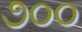
૭૦૦